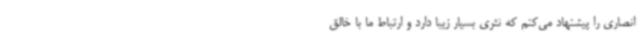
انصاری را پیشنهاد می‌کنم که نثری بسیار زیبا دارد و ارتباط ما با خالق